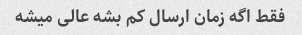
فقط اگه زمان ارسال کم بشه عالی میشه